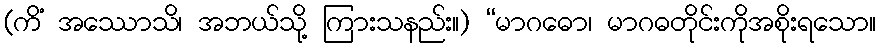
(ကိံ အဿောသိ၊ အဘယ်သို့ ကြားသနည်း။) “မာဂဓော၊ မာဂဓတိုင်းကိုအစိုးရသော။